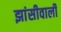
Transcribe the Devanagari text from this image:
झांसीवाली